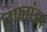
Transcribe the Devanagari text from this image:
लुफ्तांझा